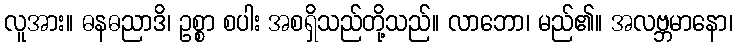
လူအား။ ဓနဓညာဒိ၊ ဥစ္စာ စပါး အစရှိသည်တို့သည်။ လာဘော၊ မည်၏။ အလဗ္ဘမာနော၊